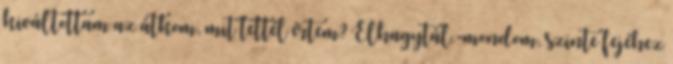
kiváltottam az átkom, mit tettél értem? Elhagytál.-mondom, szinte fejéhez